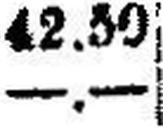
—.—